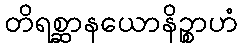
တိရစ္ဆာနယောနိဉ္စာဟံ